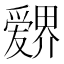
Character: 𱭉